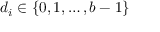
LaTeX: d _ { i } \in \{ 0 , 1 , \dotsc , b - 1 \}